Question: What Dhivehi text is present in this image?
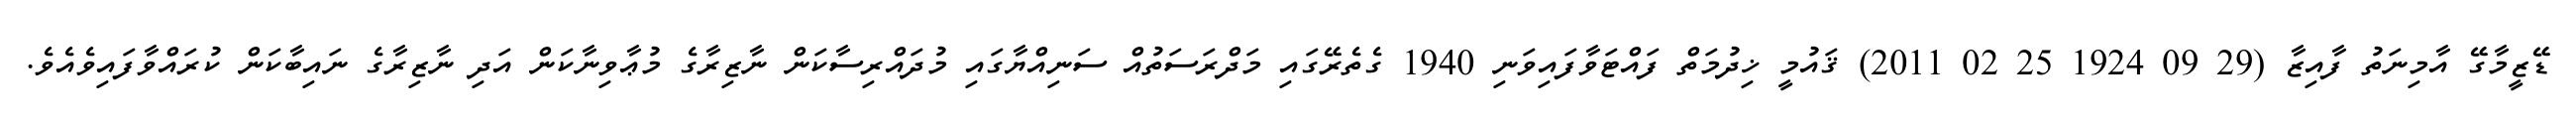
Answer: ޑޭޒީމާގޭ އާމިނަތު ފާއިޒާ (29 09 1924 25 02 2011) ޤައުމީ ޚިދުމަތް ފައްޓަވާފައިވަނި 1940 ގެތެރޭގައި މަދްރަސަތުއް ސަނިއްޔާގައި މުދައްރިސާކަން ނާޒިރާގެ މުޢާވިނާކަން އަދި ނާޒިރާގެ ނައިބާކަން ކުރައްވާފައިވެއެވެ.